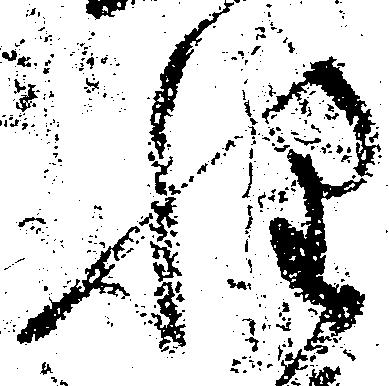
惶